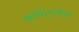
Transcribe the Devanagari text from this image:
कापेटानोस